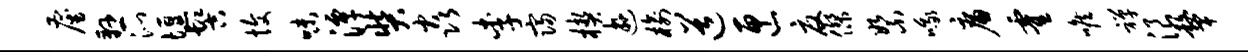
雇悬沁堰髻愎味潭奘焱李寝楔游榆道匣夏杰絮哦廉霍喉禅浪鼙